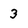
Character: 3